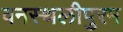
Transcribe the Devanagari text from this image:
वनस्थलीपुरम